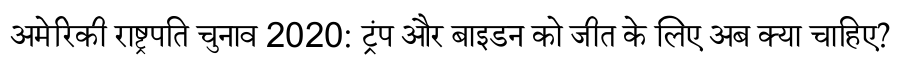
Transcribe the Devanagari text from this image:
अमेरिकी राष्ट्रपति चुनाव 2020: ट्रंप और बाइडन को जीत के लिए अब क्या चाहिए?